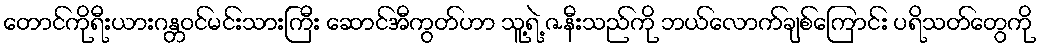
တောင်ကိုရီးယားဂန္တဝင်မင်းသားကြီး ဆောင်အီကွတ်ဟာ သူ့ရဲ့ ဇနီးသည်ကို ဘယ်လောက်ချစ်ကြောင်း ပရိသတ်တွေကို